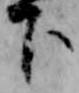
下